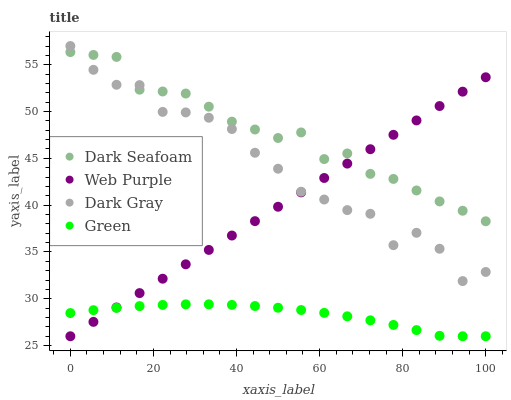
| xaxis_label | Dark Seafoam | Web Purple | Dark Gray | Green |
 | --- | --- | --- | --- | --- |
 | 0 | 56.3 | 26 | 57 | 28.5 |
 | 5.56 | 56 | 27.5 | 54.5 | 28.8 |
 | 11.1 | 55.8 | 29.1 | 52.9 | 29 |
 | 16.7 | 52.3 | 30.6 | 52.8 | 29.2 |
 | 22.2 | 52.1 | 32.1 | 50 | 29.3 |
 | 27.8 | 51.9 | 33.7 | 49.9 | 29.4 |
 | 33.3 | 50.5 | 35.2 | 49.3 | 29.4 |
 | 38.9 | 48.9 | 36.8 | 48.1 | 29.3 |
 | 44.4 | 48.1 | 38.3 | 45.6 | 29.2 |
 | 50 | 47.2 | 39.8 | 43.9 | 29 |
 | 55.6 | 47.8 | 41.4 | 41.4 | 28.8 |
 | 61.1 | 44.9 | 42.9 | 40.6 | 28.5 |
 | 66.7 | 45.5 | 44.4 | 39.5 | 28.1 |
 | 72.2 | 43.3 | 46 | 39.1 | 27.7 |
 | 77.8 | 42.8 | 47.5 | 35.7 | 27.2 |
 | 83.3 | 41.6 | 49.1 | 37.1 | 26.7 |
 | 88.9 | 40.4 | 50.6 | 35.3 | 26 |
 | 94.4 | 39.4 | 52.1 | 31.9 | 26 |
 | 100 | 38.3 | 53.7 | 32.9 | 26 |